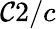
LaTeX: \mathcal{C}2/c